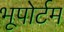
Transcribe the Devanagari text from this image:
भूपोर्टम